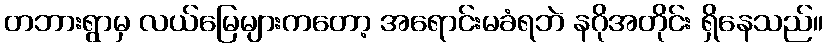
တဘားရွာမှ လယ်မြေများကတော့ အရောင်းမခံရဘဲ နဂိုအတိုင်း ရှိနေသည်။